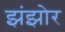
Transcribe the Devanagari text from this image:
झंझोर